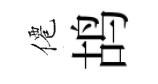
僊鸪